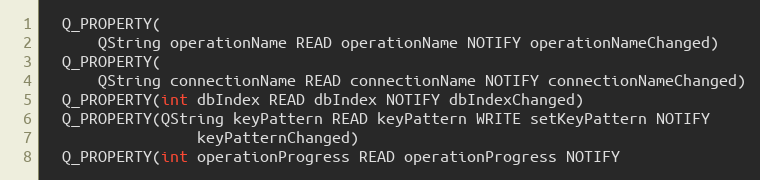
Language: C
  Q_PROPERTY(
      QString operationName READ operationName NOTIFY operationNameChanged)
  Q_PROPERTY(
      QString connectionName READ connectionName NOTIFY connectionNameChanged)
  Q_PROPERTY(int dbIndex READ dbIndex NOTIFY dbIndexChanged)
  Q_PROPERTY(QString keyPattern READ keyPattern WRITE setKeyPattern NOTIFY
                 keyPatternChanged)
  Q_PROPERTY(int operationProgress READ operationProgress NOTIFY